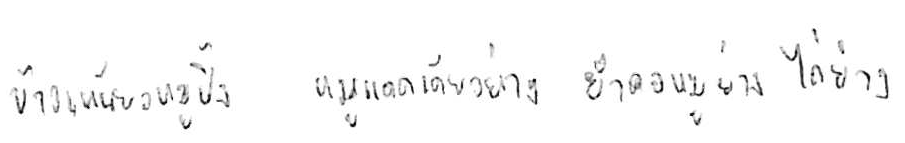
ข้าวเหนียวหมูปิ้ง หมูแดดเดียวย่าง ยำคอหมูย่าง ไก่ย่าง